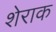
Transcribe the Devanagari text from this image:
शेराक